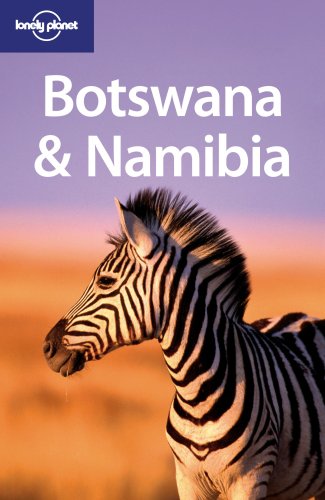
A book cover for Lonely Planet Botswana & Namibia (Multi Country Guide); Matthew D. Firestone; Travel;